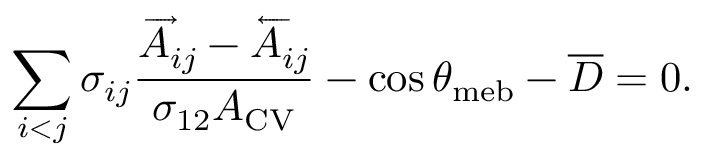
\sum _ { i < j } \sigma _ { i j } \frac { \overrightarrow A _ { i j } - \overleftarrow A _ { i j } } { \sigma _ { 1 2 } A _ { \mathrm { { C V } } } } - \cos \theta _ { \mathrm { { m e b } } } - \overline { { D } } = 0 .